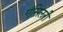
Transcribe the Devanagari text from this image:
एंसिलरी